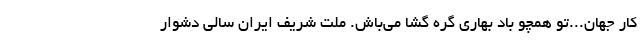
کار جهان...تو همچو باد بهاری گره گشا می‌باش. ملت شریف ایران سالی دشوار